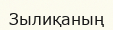
Зылиқаның